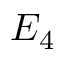
E _ { 4 }